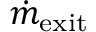
\dot { m } _ { \mathrm { e x i t } }